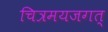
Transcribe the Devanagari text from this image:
चित्रमयजगत्‌